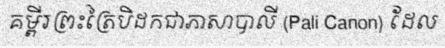
គម្ពីរព្រះត្រៃបិដកជាភាសាបាលី (Pali Canon) ដែល